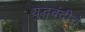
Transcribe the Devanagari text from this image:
युद्धबंदीचे